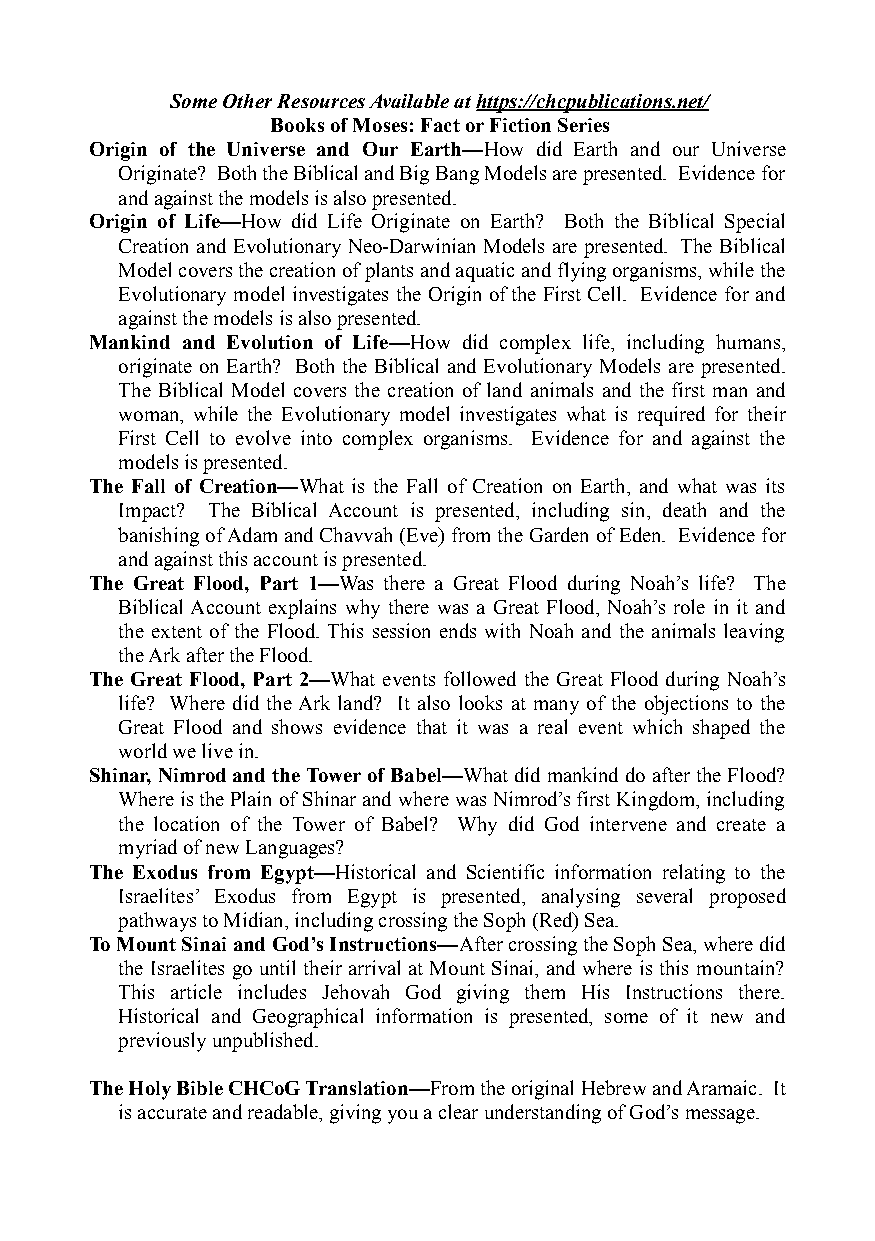
Some Other Resources Available at https://chcpublications.net/
 Books of Moses: Fact or Fiction Series
 Origin of the Universe and Our Earth—How did Earth and our Universe
 Originate? Both the Biblical and Big Bang Models are presented. Evidence for
 and against the models is also presented.
 Origin of Life—How did Life Originate on Earth? Both the Biblical Special
 Creation and Evolutionary Neo-Darwinian Models are presented. The Biblical
 Model covers the creation of plants and aquatic and flying organisms, while the
 Evolutionary model investigates the Origin of the First Cell. Evidence for and
 against the models is also presented.
 Mankind and Evolution of Life—How did complex life, including humans,
 originate on Earth? Both the Biblical and Evolutionary Models are presented.
 The Biblical Model covers the creation of land animals and the first man and
 woman, while the Evolutionary model investigates what is required for their
 First Cell to evolve into complex organisms. Evidence for and against the
 models is presented.
 The Fall of Creation—What is the Fall of Creation on Earth, and what was its
 Impact? The Biblical Account is presented, including sin, death and the
 banishing of Adam and Chavvah (Eve) from the Garden of Eden. Evidence for
 and against this account is presented.
 The Great Flood, Part 1—Was there a Great Flood during Noah’s life? The
 Biblical Account explains why there was a Great Flood, Noah’s role in it and
 the extent of the Flood. This session ends with Noah and the animals leaving
 the Ark after the Flood.
 The Great Flood, Part 2—What events followed the Great Flood during Noah’s
 life? Where did the Ark land? It also looks at many of the objections to the
 Great Flood and shows evidence that it was a real event which shaped the
 world we live in.
 Shinar, Nimrod and the Tower of Babel—What did mankind do after the Flood?
 Where is the Plain of Shinar and where was Nimrod’s first Kingdom, including
 the location of the Tower of Babel? Why did God intervene and create a
 myriad of new Languages?
 The Exodus from Egypt—Historical and Scientific information relating to the
 Israelites’ Exodus from Egypt is presented, analysing several proposed
 pathways to Midian, including crossing the Soph (Red) Sea.
 To Mount Sinai and God’s Instructions—After crossing the Soph Sea, where did
 the Israelites go until their arrival at Mount Sinai, and where is this mountain?
 This article includes Jehovah God giving them His Instructions there.
 Historical and Geographical information is presented, some of it new and
 previously unpublished.
 The Holy Bible CHCoG Translation—From the original Hebrew and Aramaic. It
 is accurate and readable, giving you a clear understanding of God’s message.